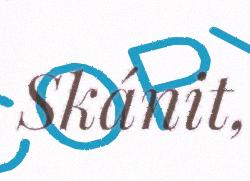
Skánit,